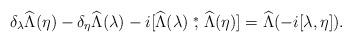
LaTeX: \begin{align*}\delta_\lambda\widehat\Lambda(\eta)-\delta_\eta\widehat\Lambda(\lambda)-i[\widehat\Lambda(\lambda)\stackrel{*}{,}\widehat\Lambda(\eta)]=\widehat\Lambda(-i[\lambda,\eta]).\end{align*}